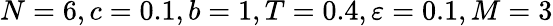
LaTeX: N=6,c=0.1,b=1,T=0.4,\varepsilon=0.1,M=3